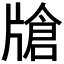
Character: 𱭟